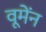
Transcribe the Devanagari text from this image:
वूमेंन